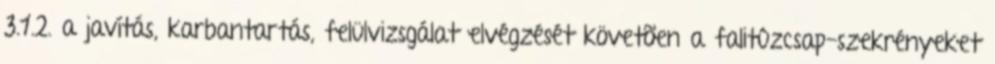
3.1.2. a javítás, karbantartás, felülvizsgálat elvégzését követõen a falitûzcsap-szekrényeket